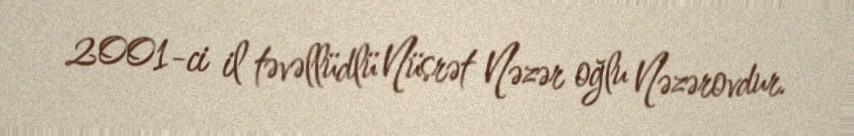
2001-ci il təvəllüdlü Nüsrət Nəzər oğlu Nəzərovdur.